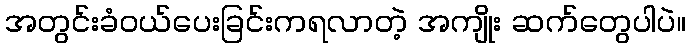
အတွင်းခံဝယ်ပေးခြင်းကရလာတဲ့ အကျိုး ဆက်တွေပါပဲ။